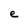
Character: e